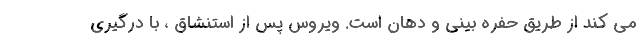
می کند از طریق حفره بینی و دهان است. ویروس پس از استنشاق ، با درگیری